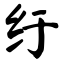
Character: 纡